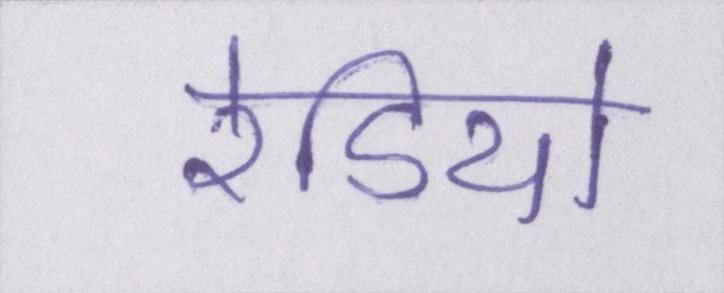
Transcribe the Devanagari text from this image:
रेडियो